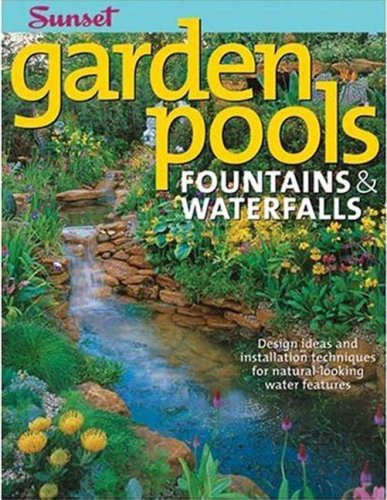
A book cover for Garden Pools. Fountains & Waterfalls: Design Ideas and Installation Techniques for Natural Looking Water Features (Sunset Books); Editors of Sunset Books; Crafts, Hobbies & Home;